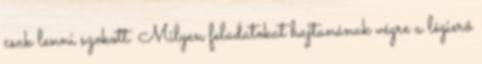
csak lenni szokott. Milyen feladatokat hajtanának végre a légierő